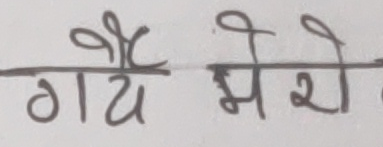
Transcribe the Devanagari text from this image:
गैय मे रो